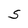
Character: S